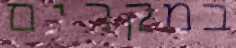
במקרים